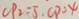
C P _ { 2 } = 5 , C P = 4